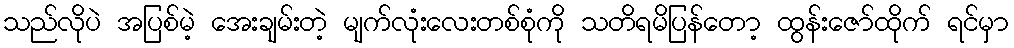
သည်လိုပဲ အပြစ်မဲ့ အေးချမ်းတဲ့ မျက်လုံးလေးတစ်စုံကို သတိရမိပြန်တော့ ထွန်းဇော်ထိုက် ရင်မှာ